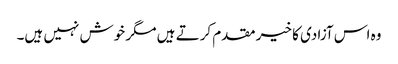
وہ اس آزادی کا خیر مقدم کرتے ہیں مگر خوش نہیں ہیں۔